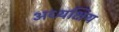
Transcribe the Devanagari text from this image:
अध्यक्षिय